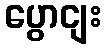
ပွောငျး